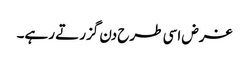
غرض اسی طرح دن گزرتے رہے۔